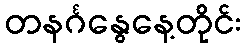
တနင်္ဂနွေနေ့တိုင်း